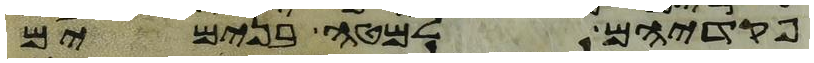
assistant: פקדיהם למטה בנימים